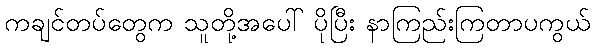
ကချင်တပ်တွေက သူတို့အပေါ် ပိုပြီး နာကြည်းကြတာပကွယ်